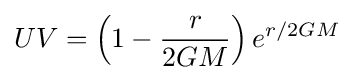
UV=\left(1-{\frac {r}{2GM}}\right)e^{r/2GM}